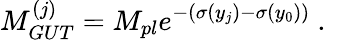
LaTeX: M_{GUT}^{(j)}=M_{pl}e^{-(\sigma(y_{j})-\sigma(y_{0}))}~.~\,